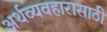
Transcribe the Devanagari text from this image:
अर्थव्यवहारासाठी